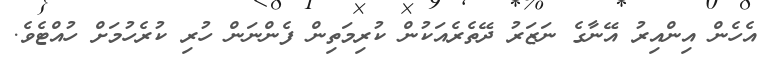
އެހެން އިންއިރު އޭނާގެ ނަޒަރު ދޭތެރެއަކުން ކުރިމަތިން ފެންނަން ހުރި ކުރެހުމަށް ހުއްޓެވެ.